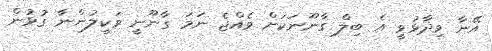
އޭނާ ވިދާޅުވީ އެ ބިލް ގާނޫނަކަށް ވެއްޖެ ނަމަ ގާނޫނީ ވަކީލުންނާ ގުޅުން